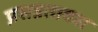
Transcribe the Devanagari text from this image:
प्रसन्नतावश